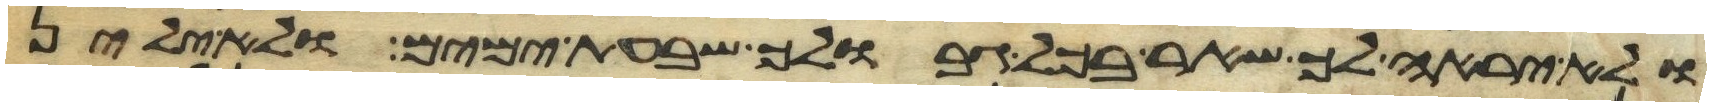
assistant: ולא יראה לך שאר בכל גבולך שבעת ימים ולא ילין